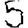
Digit: 5